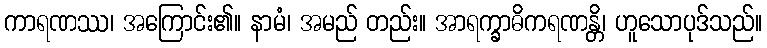
ကာရဏဿ၊ အကြောင်း၏။ နာမံ၊ အမည် တည်း။ အာရက္ခာဓိကရဏန္တိ၊ ဟူသောပုဒ်သည်။